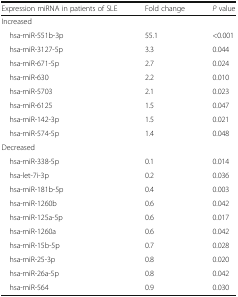
| Expression miRNA in patients of SLE | Fold change | P value |
 | --- | --- | --- |
 | <COLSPAN=3> Increased |
 | hsa-miR-551b-3p | 55.1 | <0.001 |
 | hsa-miR-3127-5p | 3.3 | 0.044 |
 | hsa-miR-671-5p | 2.7 | 0.024 |
 | hsa-miR-630 | 2.2 | 0.010 |
 | hsa-miR-5703 | 2.1 | 0.023 |
 | hsa-miR-6125 | 1.5 | 0.047 |
 | hsa-miR-142-3p | 1.5 | 0.021 |
 | hsa-miR-574-5p | 1.4 | 0.048 |
 | <COLSPAN=3> Decreased |
 | hsa-miR-338-5p | 0.1 | 0.014 |
 | hsa-let-7i-3p | 0.2 | 0.036 |
 | hsa-miR-181b-5p | 0.4 | 0.003 |
 | hsa-miR-1260b | 0.6 | 0.042 |
 | hsa-miR-125a-5p | 0.6 | 0.017 |
 | hsa-miR-1260a | 0.6 | 0.042 |
 | hsa-miR-15b-5p | 0.7 | 0.028 |
 | hsa-miR-25-3p | 0.8 | 0.020 |
 | hsa-miR-26a-5p | 0.8 | 0.042 |
 | hsa-miR-564 | 0.9 | 0.030 |